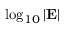
\log _ { 1 0 } | \mathbf { E } |